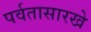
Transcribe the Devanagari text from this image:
पर्वतासारखे